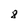
Character: 8